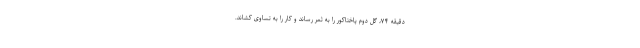
دقیقه ۷۴، گل دوم پاختاکور را به ثمر رساند و کار را به تساوی کشاند.